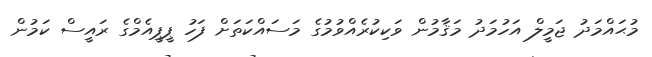
މުޙައްމަދު ޖަމީލް އަހުމަދު މަޤާމުން ވަކިކުރެއްވުމުގެ މަސައްކަތަށް ފަހު ޕީޕީއެމްގެ ރައީސް ކަމުން